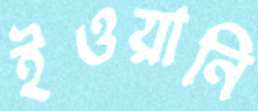
ইওয়ানি